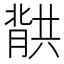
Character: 𮌱